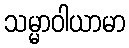
သမ္မာဝါယာမာ